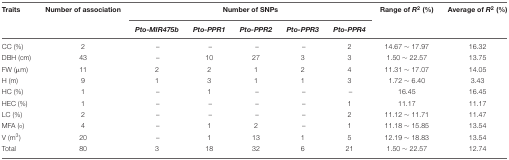
<table><thead><tr><td><b>Traits</b></td><td><b>Number of association</b></td><td colspan="5"><b>Number of SNPs</b></td><td><b>Range of <i>R</i><sup>2</sup> (%)</b></td><td><b>Average of <i>R</i><sup>2</sup> (%)</b></td></tr><tr><td></td><td></td><td><b><i>Pto-MIR475b</i></b></td><td><b><i>Pto-PPR1</i></b></td><td><b><i>Pto-PPR2</i></b></td><td><b><i>Pto-PPR3</i></b></td><td><b><i>Pto-PPR4</i></b></td><td></td><td></td></tr></thead><tbody><tr><td>CC (%)</td><td>2</td><td>–</td><td>–</td><td>–</td><td>–</td><td>2</td><td>14.67 ∼ 17.97</td><td>16.32</td></tr><tr><td>DBH (cm)</td><td>43</td><td>–</td><td>10</td><td>27</td><td>3</td><td>3</td><td>1.50 ∼ 22.57</td><td>13.75</td></tr><tr><td>FW (μm)</td><td>11</td><td>2</td><td>2</td><td>1</td><td>2</td><td>4</td><td>11.31 ∼ 17.07</td><td>14.05</td></tr><tr><td>H (m)</td><td>9</td><td>1</td><td>3</td><td>1</td><td>1</td><td>3</td><td>1.72 ∼ 6.40</td><td>3.43</td></tr><tr><td>HC (%)</td><td>1</td><td>–</td><td>1</td><td>–</td><td>–</td><td>–</td><td>16.45</td><td>16.45</td></tr><tr><td>HEC (%)</td><td>1</td><td>–</td><td>–</td><td>–</td><td>–</td><td>1</td><td>11.17</td><td>11.17</td></tr><tr><td>LC (%)</td><td>2</td><td>–</td><td>–</td><td>–</td><td>–</td><td>2</td><td>11.12 ∼ 11.71</td><td>11.47</td></tr><tr><td>MFA (∘)</td><td>4</td><td>–</td><td>1</td><td>2</td><td>–</td><td>1</td><td>11.18 ∼ 15.85</td><td>13.54</td></tr><tr><td>V (m<sup>3</sup>)</td><td>20</td><td>–</td><td>1</td><td>13</td><td>1</td><td>5</td><td>12.19 ∼ 18.83</td><td>13.54</td></tr><tr><td>Total</td><td>80</td><td>3</td><td>18</td><td>32</td><td>6</td><td>21</td><td>1.50 ∼ 22.57</td><td>12.74</td></tr></tbody></table>